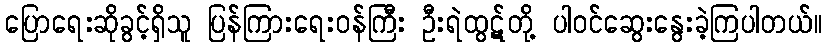
ပြောရေးဆိုခွင့်ရှိသူ ပြန်ကြားရေးဝန်ကြီး ဦးရဲထွဋ်တို့ ပါဝင်ဆွေးနွေးခဲ့ကြပါတယ်။